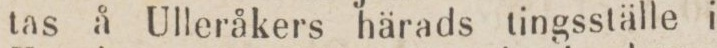
tas å Ulleråkers härads tingsställe i